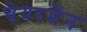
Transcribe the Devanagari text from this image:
चेयरमैंन